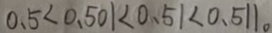
0 . 5 < 0 . 5 0 1 < 0 . 5 1 < 0 . 5 1 1 。